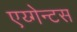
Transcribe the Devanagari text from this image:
एय्गेन्टस